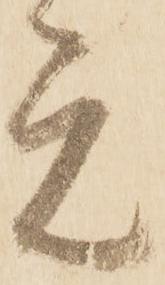
元